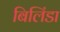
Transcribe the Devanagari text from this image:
बिलिंडा